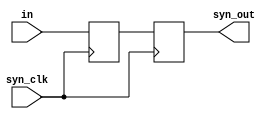
`timescale 1ns / 1ps
//////////////////////////////////////////////////////////////////////////////////
// Company: 
// Engineer: 
// 
// Design Name: 
// Module Name: synch
// Project Name: 
// Target Devices: 
// Tool Versions: 
// Description: 
// 
// Dependencies: 
// 
// Revision:
// Revision 0.01 - File Created
// Additional Comments:
// 
//////////////////////////////////////////////////////////////////////////////////


module synch#(parameter K = 8)(
    
    input wire syn_clk,
    input wire [K-1:0] in,
    output wire [K-1:0] syn_out

    );
    
  (* ASYNC_REG = "TRUE" *) reg [K-1:0] syn_reg1,syn_reg2;
   
   always @(posedge syn_clk ) begin
        
           syn_reg1 <= in;
           syn_reg2 <= syn_reg1;
        
   end
   
   assign syn_out = syn_reg2;
   
endmodule